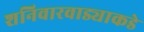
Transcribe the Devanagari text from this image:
शनिवारवाड्याकडे